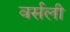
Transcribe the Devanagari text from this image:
वर्सली